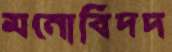
মনোবিদদ